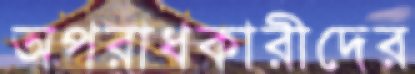
অপরাধকারীদের